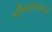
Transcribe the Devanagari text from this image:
हरिश्चंद्रगडाकडे